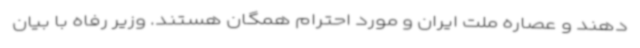
دهند و عصاره ملت ایران و مورد احترام همگان هستند. وزیر رفاه با بیان